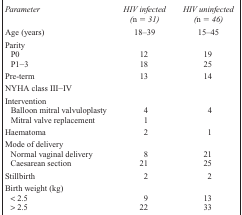
<table><thead><tr><td><b><i>Parameter</i></b></td><td><b><i>HIV infected (n 5 31)</i></b></td><td><b><i>HIV uninfected (n 5 46)</i></b></td></tr></thead><tbody><tr><td>Age (years)</td><td>18–39</td><td>15–45</td></tr><tr><td colspan="3">Parity</td></tr><tr><td>P0</td><td>12</td><td>19</td></tr><tr><td>P1−3</td><td>18</td><td>25</td></tr><tr><td>Pre-term</td><td>13</td><td>14</td></tr><tr><td colspan="3">NYHA class III−IV</td></tr><tr><td colspan="3">Intervention</td></tr><tr><td>Balloon mitral valvuloplasty</td><td>4</td><td>4</td></tr><tr><td>Mitral valve replacement</td><td>1</td><td></td></tr><tr><td>Haematoma</td><td>2</td><td>1</td></tr><tr><td colspan="3">Mode of delivery</td></tr><tr><td>Normal vaginal delivery</td><td>8</td><td>21</td></tr><tr><td>Caesarean section</td><td>21</td><td>25</td></tr><tr><td>Stillbirth</td><td>2</td><td>2</td></tr><tr><td colspan="3">Birth weight (kg)</td></tr><tr><td>&lt; 2.5</td><td>9</td><td>13</td></tr><tr><td>&gt; 2.5</td><td>22</td><td>33</td></tr></tbody></table>